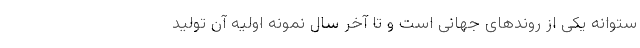
ستوانه یکی از روندهای جهانی است و تا آخر سال نمونه اولیه آن تولید